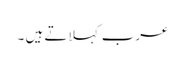
عرب کہلاتے ہیں ۔